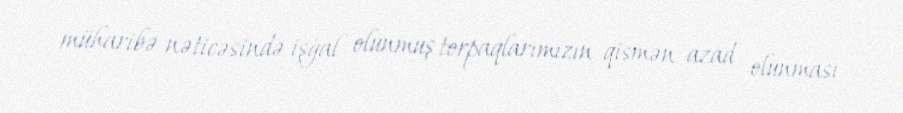
müharibə nəticəsində işğal olunmuş torpaqlarımızın qismən azad olunması